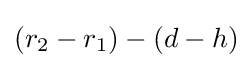
(r_{2}-r_{1})-(d-h)